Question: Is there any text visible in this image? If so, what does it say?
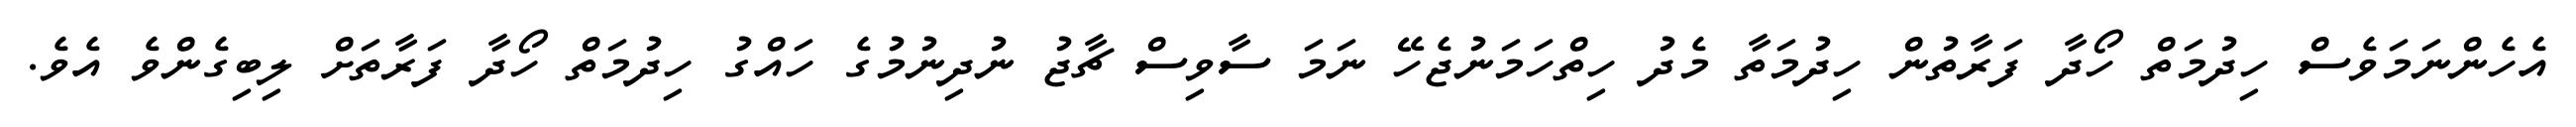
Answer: އެހެންނަމަވެސް ހިދުމަތް ހޯދާ ފަރާތުން ހިދުމަތާ މެދު ހިތްހަމަނުޖެހޭ ނަމަ ސާވިސް ޗާޖު ނުދިނުމުގެ ހައްގު ހިދުމަތް ހޯދާ ފަރާތަށް ލިބިގެންވެ އެވެ.